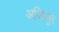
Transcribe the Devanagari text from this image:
अजिजुर